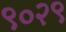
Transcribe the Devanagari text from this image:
९०२९